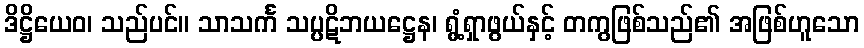
ဒိဋ္ဌိယေဝ၊ သည်ပင်။ သာသင်္က သပ္ပဋိဘယဋ္ဌေန၊ ရွံ့ရှာဖွယ်နှင့် တကွဖြစ်သည်၏ အဖြစ်ဟူသော